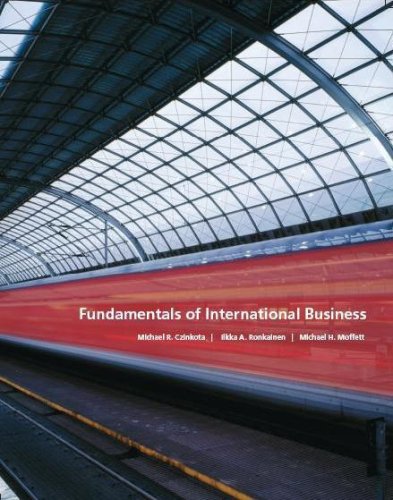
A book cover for Fundamentals of International Business; Czinkota; Business & Money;